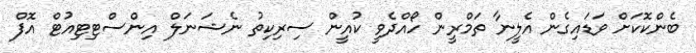
ބެންކޮކަށް ވަޑައިގެން އެލީނާ ތަމްރީން ހޯއްދެވީ ކުއީން ސިރިކިތު ނެޝަނަލް އިންސްޓިޓިއުޓް އޮފް